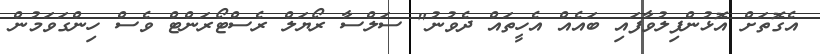
އެގޮތަށް އޮޅުންފިލުވާފައި ބައެއް އެހީތައް ދެވުނު" ސަލްސާ ރޯޔަލް ރެސްޓޯރަންޓް ވެސް ހިންގަވަމުން